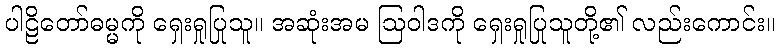
ပါဠိတော်ဓမ္မကို ရှေးရှုပြုသူ။ အဆုံးအမ ဩဝါဒကို ရှေးရှုပြုသူတို့၏ လည်းကောင်း။